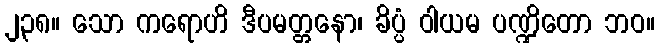
၂၃၈။ သော ကရောဟိ ဒီပမတ္တနော၊ ခိပ္ပံ ဝါယမ ပဏ္ဍိတော ဘဝ။